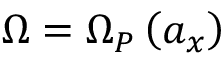
\Omega = \Omega _ { P } \left( a _ { x } \right)